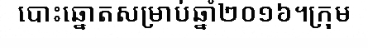
បោះឆ្នោតសម្រាប់ឆ្នាំ២០១៦។ក្រុម